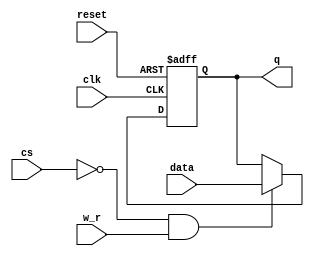
module reg_N
#(parameter N = 4)
(
input  clk,
input reset,
input [N-1:0] data,
input cs,
input w_r,
output reg[N-1:0]q

);
always@(posedge clk,posedge reset)
begin
	if(reset)
		q<=0;
	else if(!cs&&w_r)
		q<=data;
end
endmodule